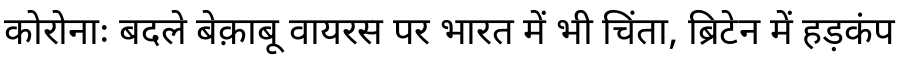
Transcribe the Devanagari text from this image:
कोरोनाः बदले बेक़ाबू वायरस पर भारत में भी चिंता, ब्रिटेन में हड़कंप